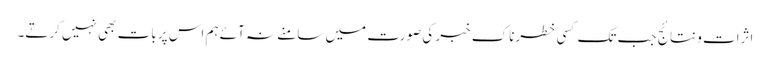
اثرات و نتائج جب تک کسی خطرناک خبر کی صورت میں سامنے نہ آئے ہم اس پر بات بھی نہیں کرتے۔